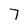
Character: 7